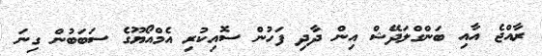
ރާއްޖެ އާއި ބަންގްލަދޭޝް އިން ދާދި ފަހުން ސޮއިކުރި އެމްއޯޔޫގެ ސަބަބުން ގިނަ